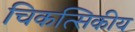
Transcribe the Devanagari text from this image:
चिकत्सिकीय